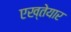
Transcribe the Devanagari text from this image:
एख्तेयार